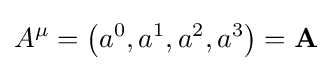
A^{\mu }=\left(a^{0},a^{1},a^{2},a^{3}\right)=\mathbf {A}